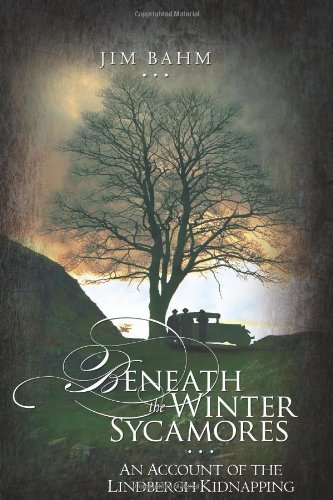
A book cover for Beneath the Winter Sycamores; Jim Bahm; Biographies & Memoirs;